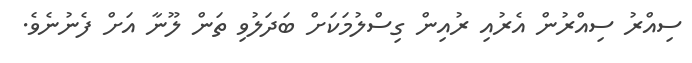
ސިއްރު ސިއްރުން އެރުއި ރުއިން ގިސްލުމަކަށް ބަދަލުވި ތަން ލޫނާ އަށް ފެނުނެވެ.